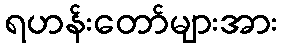
ရဟန်းတော်များအား